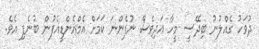
ދުވަހު ގެއްލުނު ބިދޭސީ މީހާ އަދިވެސް ނުފެންނަ ކަމަށް އެމްއެންޑީއެފުން ބުނެފި އެވެ.